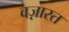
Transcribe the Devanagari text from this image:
वज़ारत